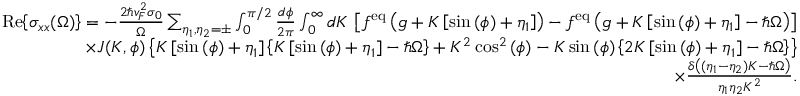
\begin{array} { r l r } & { } & { \mathrm { R e } { \left\{ \sigma _ { x x } ( \Omega ) \right\} } = - \frac { 2 \hbar v _ { F } ^ { 2 } \sigma _ { 0 } } { \Omega } \sum _ { \eta _ { 1 } , \eta _ { 2 } = \pm } \int _ { 0 } ^ { \pi / 2 } \frac { d \phi } { 2 \pi } \int _ { 0 } ^ { \infty } d K \, \left[ f ^ { \mathrm { e q } } \left( g + K \left[ \sin { ( \phi ) } + \eta _ { 1 } \right] \right) - f ^ { \mathrm { e q } } \left( g + K \left[ \sin { ( \phi ) } + \eta _ { 1 } \right] - \hbar \Omega \right) \right] } \\ & { } & { \times J ( K , \phi ) \left\{ K \left[ \sin { ( \phi ) } + \eta _ { 1 } \right] \left\{ K \left[ \sin { ( \phi ) } + \eta _ { 1 } \right] - \hbar \Omega \right\} + K ^ { 2 } \cos ^ { 2 } { ( \phi ) } - K \sin { ( \phi ) } \left\{ 2 K \left[ \sin { ( \phi ) } + \eta _ { 1 } \right] - \hbar \Omega \right\} \right\} } \\ & { } & { \times \frac { \delta \left( ( \eta _ { 1 } - \eta _ { 2 } ) K - \hbar \Omega \right) } { \eta _ { 1 } \eta _ { 2 } K ^ { 2 } } . } \end{array}